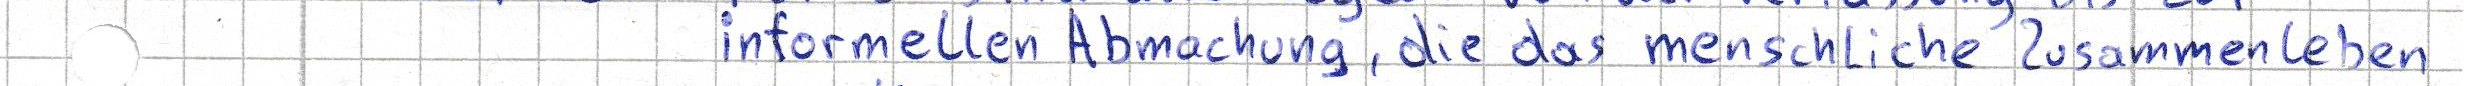
informellen Abmachung, die das menschliche Zusammenleben